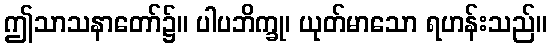
ဤသာသနာတော်၌။ ပါပဘိက္ခု၊ ယုတ်မာသော ရဟန်းသည်။